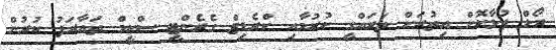
ރޯލް ފުޅާކޮށް އިތުރަށް ތަރައްގީ ކުރުމާއި ކްރެޑިޓް ގެރެންޓީ ސްކީމް ތައާރަފު ކުރުން